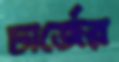
চার্জের